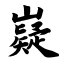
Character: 嶷